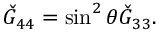
\check { G } _ { 4 4 } = \sin ^ { 2 } \theta \check { G } _ { 3 3 } .